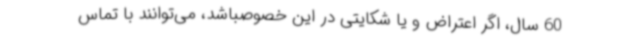
60 سال، اگر اعتراض و یا شکایتی در این خصوصباشد، می‌توانند با تماس